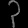
Digit: ၃